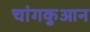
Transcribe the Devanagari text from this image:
चांगकुआन